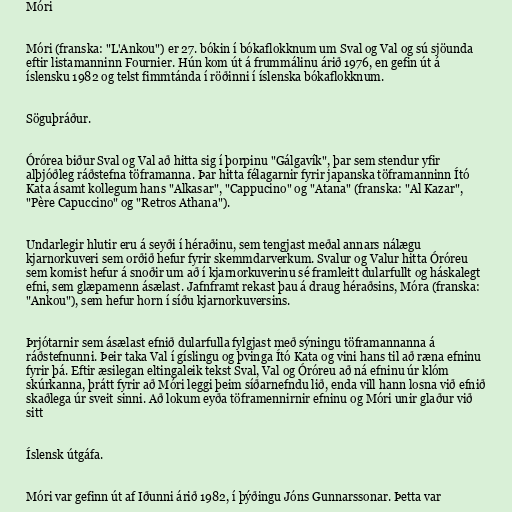
Móri

Móri (franska: "L'Ankou") er 27. bókin í bókaflokknum um Sval og Val og sú sjöunda
eftir listamanninn Fournier. Hún kom út á frummálinu árið 1976, en gefin út á
íslensku 1982 og telst fimmtánda í röðinni í íslenska bókaflokknum.

Söguþráður.

Órórea biður Sval og Val að hitta sig í þorpinu "Gálgavík", þar sem stendur yfir
alþjóðleg ráðstefna töframanna. Þar hitta félagarnir fyrir japanska töframanninn Ító
Kata ásamt kollegum hans "Alkasar", "Cappucino" og "Atana" (franska: "Al Kazar",
"Père Capuccino" og "Retros Athana").

Undarlegir hlutir eru á seyði í héraðinu, sem tengjast meðal annars nálægu
kjarnorkuveri sem orðið hefur fyrir skemmdarverkum. Svalur og Valur hitta Óróreu
sem komist hefur á snoðir um að í kjarnorkuverinu sé framleitt dularfullt og háskalegt
efni, sem glæpamenn ásælast. Jafnframt rekast þau á draug héraðsins, Móra (franska:
"Ankou"), sem hefur horn í síðu kjarnorkuversins.

Þrjótarnir sem ásælast efnið dularfulla fylgjast með sýningu töframannanna á
ráðstefnunni. Þeir taka Val í gíslingu og þvinga Ító Kata og vini hans til að ræna efninu
fyrir þá. Eftir æsilegan eltingaleik tekst Sval, Val og Óróreu að ná efninu úr klóm
skúrkanna, þrátt fyrir að Móri leggi þeim síðarnefndu lið, enda vill hann losna við efnið
skaðlega úr sveit sinni. Að lokum eyða töframennirnir efninu og Móri unir glaður við
sitt

Íslensk útgáfa.

Móri var gefinn út af Iðunni árið 1982, í þýðingu Jóns Gunnarssonar. Þetta var